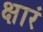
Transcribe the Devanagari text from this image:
क्षारं